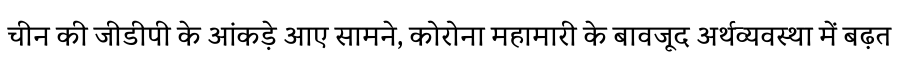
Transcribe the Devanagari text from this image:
चीन की जीडीपी के आंकड़े आए सामने, कोरोना महामारी के बावजूद अर्थव्यवस्था में बढ़त